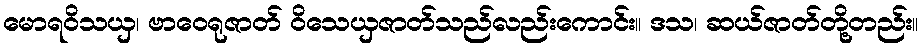
မောရဝိသယှ၊ ဗာဝေရုဇာတ် ဝိသေယှဇာတ်သည်လည်းကောင်း။ ဒသ၊ ဆယ်ဇာတ်တို့တည်း။